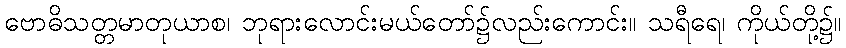
ဗောဓိသတ္တမာတုယာစ၊ ဘုရားလောင်းမယ်တော်၌လည်းကောင်း။ သရီရေ၊ ကိုယ်တို့၌။